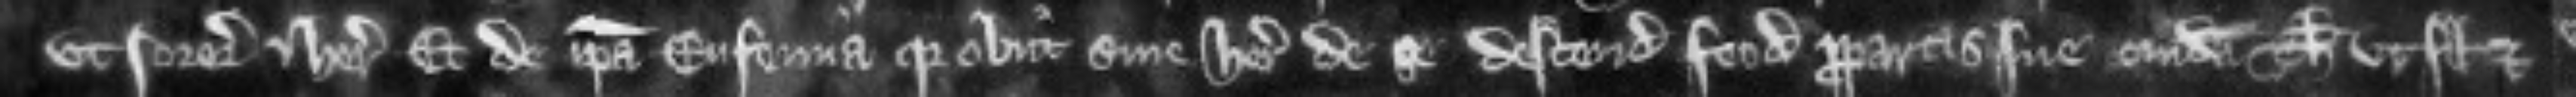
ut sororibus et heredibus et de ipsa Eufemia quia obiit sine herede de se descendit feodum propartis sue cuidam Thoma ut filio et